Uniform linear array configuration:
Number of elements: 64
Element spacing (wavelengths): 0.75
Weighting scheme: uniform
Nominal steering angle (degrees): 45
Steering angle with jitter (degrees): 44.751
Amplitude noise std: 0.05
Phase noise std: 0.05

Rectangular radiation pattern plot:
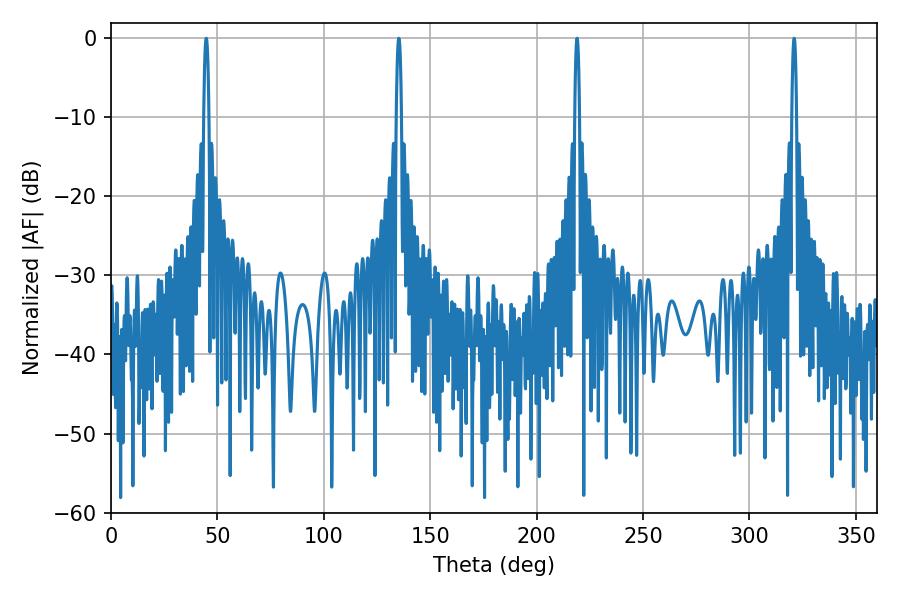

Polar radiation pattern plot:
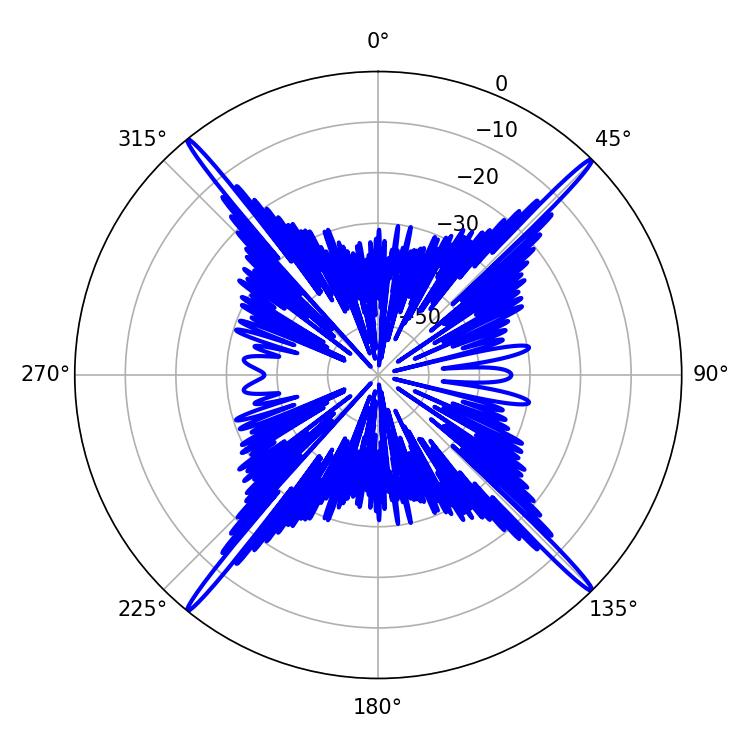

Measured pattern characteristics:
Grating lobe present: TRUE
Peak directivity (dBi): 24.26
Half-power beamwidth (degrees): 1.26
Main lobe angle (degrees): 320.94